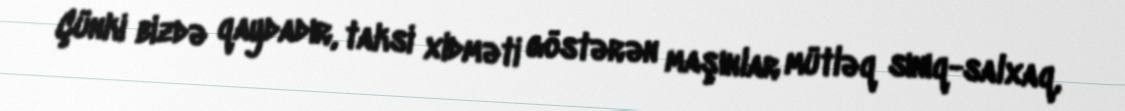
Çünki bizdə qaydadır, taksi xidməti göstərən maşınlar mütləq sınıq-salxaq,